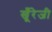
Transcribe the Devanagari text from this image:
खूँरेजी